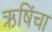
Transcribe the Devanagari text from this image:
ऋषिंचा